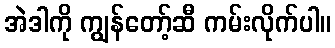
အဲဒါကို ကျွန်တော့်ဆီ ကမ်းလိုက်ပါ။